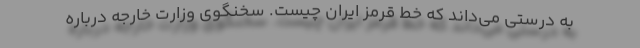
به درستی می‌داند که خط قرمز ایران چیست. سخنگوی وزارت خارجه درباره